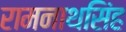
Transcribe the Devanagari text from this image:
रामनाथसिंह